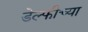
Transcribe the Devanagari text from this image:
डेल्फीच्या